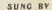
SUNG BY